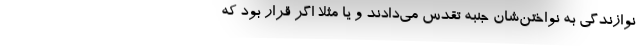
نوازندگی به نواختن‌شان جنبه تقدس می‌دادند و یا مثلا اگر قرار بود که